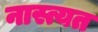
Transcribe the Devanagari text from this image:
नास्त्यत